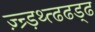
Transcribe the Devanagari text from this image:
ज़्न्र्ड़थ्त्ढढड्ढ